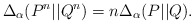
\begin{align*}\Delta_\alpha(P^n||Q^n) = n \Delta_\alpha(P||Q).\end{align*}